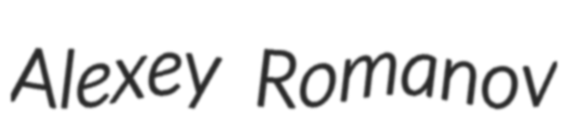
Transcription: Alexey Romanov